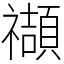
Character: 𥜝